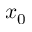
x _ { 0 }